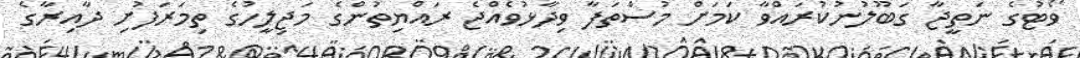
ވޯޓުގެ ނަތީޖާ ގަބޫލުނުކުރައްވާ ކަމަށް މުސްތަފާ ވިދާޅުވެއްޖެ ރައްޔިތުންގެ މަޖިލީހުގެ ތިމަރަފުށި ދާއިރާގެ